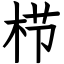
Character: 栉